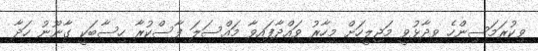
ވިކުރަމަސިންހެ ވިދާޅުވީ މަޖިލީހަށް މިހާރު ވައްދާފައިވާ މައްސަލަ ފާސްކުރާ ހިސާބަކީ ގާނޫނު ހަދާ